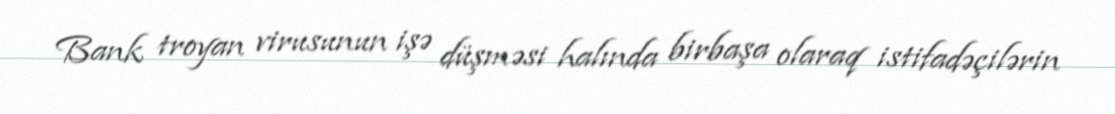
Bank troyan virusunun işə düşməsi halında birbaşa olaraq istifadəçilərin